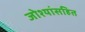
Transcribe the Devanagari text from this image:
जोश्यांसहित